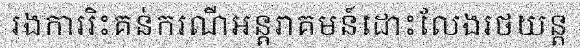
រងការរិះគន់ករណីអន្តរាគមន៍ដោះលែងរថយន្ត